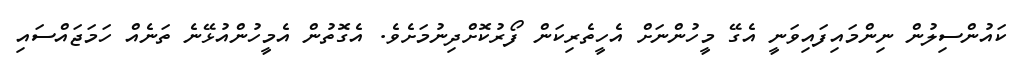
ކައުންސިލުން ނިންމައިފައިވަނީ އެގޭ މީހުންނަށް އެހީތެރިކަން ފޯރުކޮށްދިނުމަށެވެ. އެގޮތުން އެމީހުންއުޅޭނެ ތަނެއް ހަމަޖައްސައި